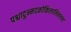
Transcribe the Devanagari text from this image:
पश्चादुन्मदकोकिलालिललना